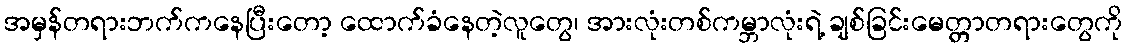
အမှန်တရားဘက်ကနေပြီးတော့ ထောက်ခံနေတဲ့လူတွေ၊ အားလုံးတစ်ကမ္ဘာလုံးရဲ့ ချစ်ခြင်းမေတ္တာတရားတွေကို